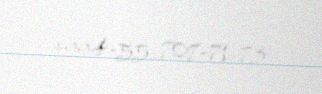
+994-55-707-71-73